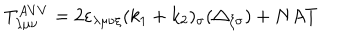
T _ { \lambda \mu \nu } ^ { A V V } = 2 \varepsilon _ { \lambda \mu \nu \xi } ( k _ { 1 } + k _ { 2 } ) _ { \sigma } ( \triangle _ { \xi \sigma } ) + N A T